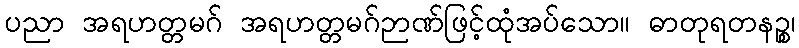
ပညာ အရဟတ္တမဂ် အရဟတ္တမဂ်ဉာဏ်ဖြင့်ထုံအပ်သော။ ဓာတုရတနဉ္စ၊